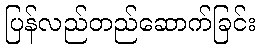
ပြန်လည်တည်ဆောက်ခြင်း